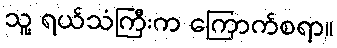
သူ့ ရယ်သံကြီးက ကြောက်စရာ။